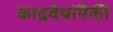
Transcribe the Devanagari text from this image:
काद्रवेयांपैकी